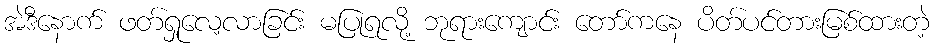
အဲဒီနောက် ဖတ်ရှုလေ့လာခြင်း မပြုရလို့ ဘုရားကျောင်း တော်ကနေ ပိတ်ပင်တားမြစ်ထားတဲ့